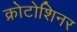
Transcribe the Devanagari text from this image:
क्रोटोशिनर